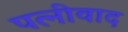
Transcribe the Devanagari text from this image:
पत्नीवाद